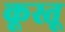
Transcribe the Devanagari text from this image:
कूस्तू